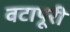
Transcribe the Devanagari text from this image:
वटापूरी